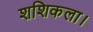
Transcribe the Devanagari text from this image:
शशिकला।